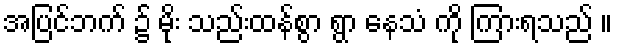
အပြင်ဘက် ၌ မိုး သည်းထန်စွာ ရွာ နေသံ ကို ကြားရသည် ။